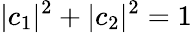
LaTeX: |c_{1}|^{2}+|c_{2}|^{2}=1